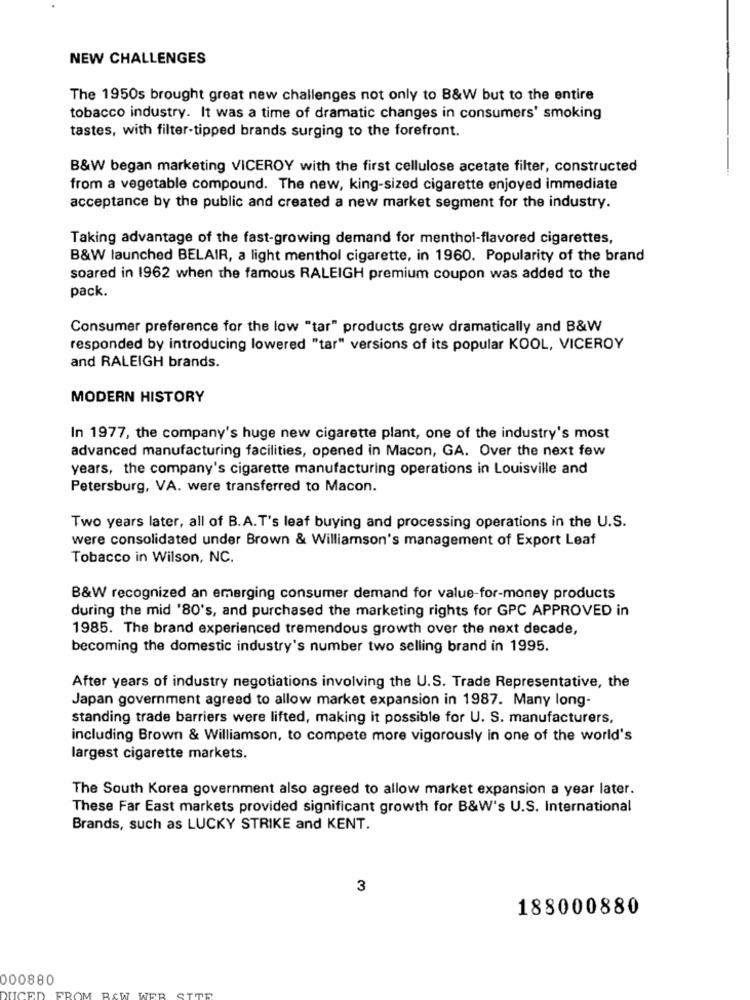
NEW CHALLENGES
The 1950s brought great new challenges not only to B&W but to the entire
tobacco industry. It was a time of dramatic changes in consumers' smoking
tastes, with filter-tipped brands surging to the forefront.
B&W began marketing VICEROY with the first cellulose acetate filter, constructed
from a vegetable compound. The new, king-sized cigarette enjoyed immediate
acceptance by the public and created a new market segment for the industry.
Taking advantage of the fast-growing demand for menthol-flavored cigarettes,
B&W launched BELAIR, a light menthol cigarette, in 1960. Popularity of the brand
soared in 1962 when the famous RALEIGH premium coupon was added to the
pack.
Consumer preference for the low "tar" products grew dramatically and B&W
responded by introducing lowered "tar" versions of its popular KOOL, VICEROY
and RALEIGH brands.
MODERN HISTORY
In 1977, the company's huge new cigarette plant, one of the industry's most
advanced manufacturing facilities, opened in Macon, GA. Over the next few
years, the company's cigarette manufacturing operations in Louisville and
Petersburg, VA. were transferred to Macon.
Two years later, all of B.A.T's leaf buying and processing operations in the U.S.
were consolidated under Brown & Williamson's management of Export Leaf
Tobacco in Wilson, NC.
B&W recognized an emerging consumer demand for value-for-money products
during the mid '80's, and purchased the marketing rights for GPC APPROVED in
1985. The brand experienced tremendous growth over the next decade,
becoming the domestic industry's number two selling brand in 1995.
After years of industry negotiations involving the U.S. Trade Representative, the
Japan government agreed to allow market expansion in 1987. Many long-
standing trade barriers were lifted, making it possible for U. S. manufacturers,
including Brown & Williamson, to compete more vigorously in one of the world's
largest cigarette markets.
The South Korea government also agreed to allow market expansion a year later.
These Far East markets provided significant growth for B&W's U.S. International
Brands, such as LUCKY STRIKE and KENT.
3
188000880
000880